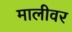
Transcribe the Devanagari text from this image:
मालीवर